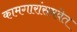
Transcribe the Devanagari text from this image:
कामगारांसमवेत